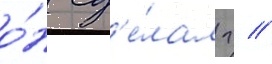
о́н сд'е́лал г //